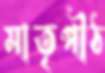
মাতৃপীঠ